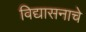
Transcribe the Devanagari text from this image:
विद्यासनाचे